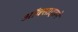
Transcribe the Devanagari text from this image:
ऑक्साइडने